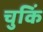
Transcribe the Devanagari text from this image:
चुकिं